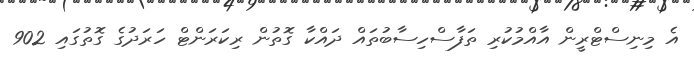
އެ މިނިސްޓްރީން އާއްމުކުރި ތަފާސްހިސާބުތައް ދައްކާ ގޮތުން ރިކަރަންޓް ހަރަދުގެ ގޮތުގައި 902